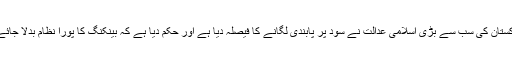
پاکستان کی سب سے بڑی اسلامی عدالت نے سود پر پابندی لگانے کا فیصلہ دیا ہے اور حکم دیا ہے کہ بینکنگ کا پورا نظام بدلا جائے ۔